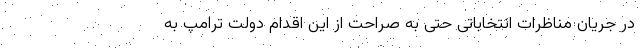
در جریان مناظرات انتخاباتی حتی به صراحت از این اقدام دولت ترامپ به